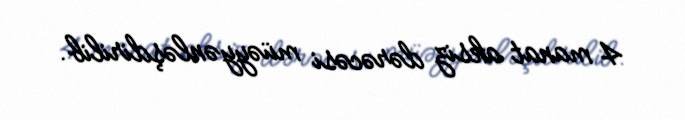
4 manat aksiz dərəcəsi müəyyənləşdirilib.